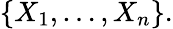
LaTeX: \{ X_{1},\dots,X_{n}\} .